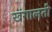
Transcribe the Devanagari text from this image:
खंगालती